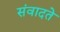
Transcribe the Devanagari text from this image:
संवादते